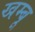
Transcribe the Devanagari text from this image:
खम्बू